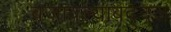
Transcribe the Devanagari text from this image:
बजावल्याबद्दल